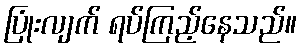
ပြုံးလျက် ရပ်ကြည့်နေသည်။